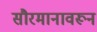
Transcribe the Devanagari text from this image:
सौरमानावरून